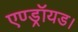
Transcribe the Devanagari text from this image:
एण्ड्रॉयड।